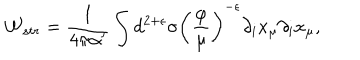
LaTeX: { \cal W } _ { s t r } = \frac { 1 } { 4 \pi \alpha ^ { \prime } } \int d ^ { 2 + \epsilon } \sigma \left( \frac { \varphi } { \mu } \right) ^ { - \epsilon } \partial _ { i } x _ { \mu } \partial _ { i } x _ { \mu } ,